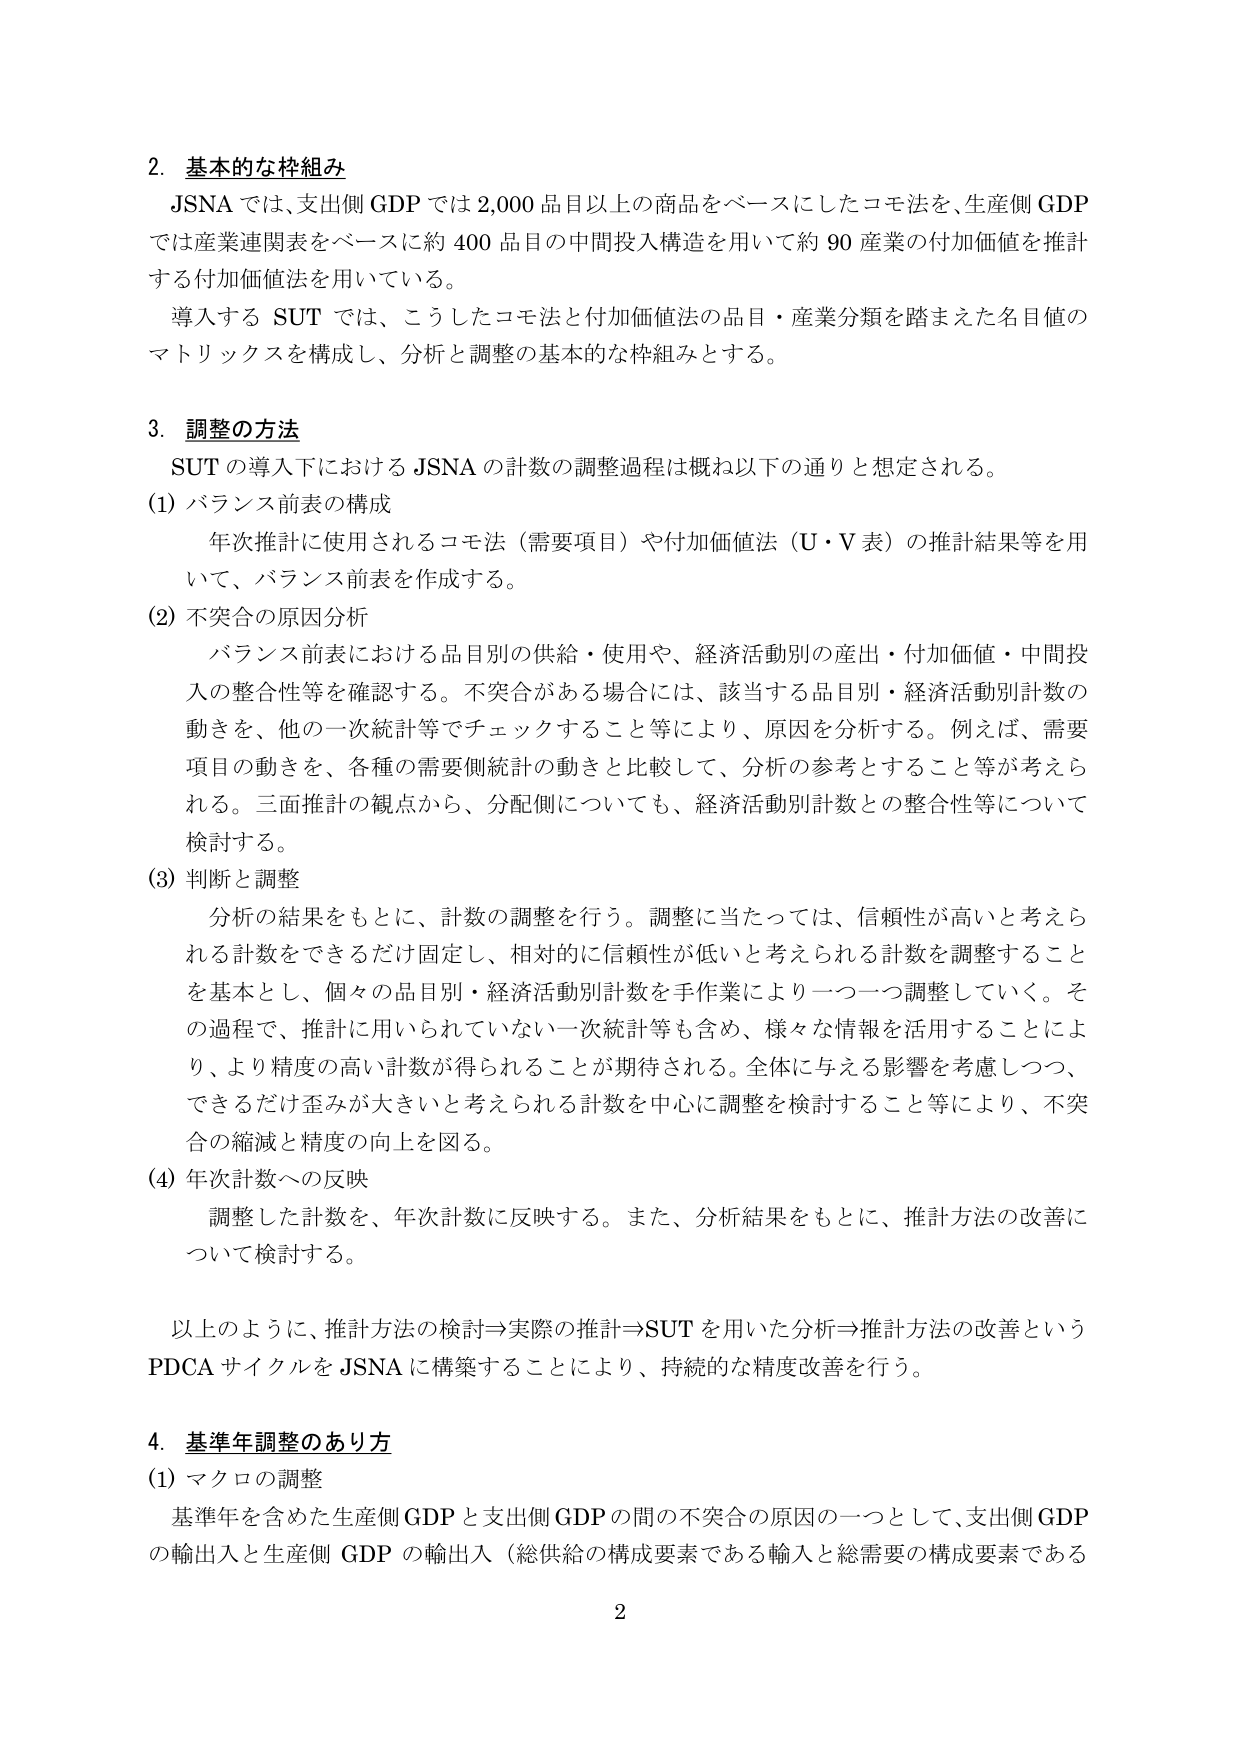
2. 基本的な枠組み
JSNA では、支出側 GDP では 2,000 品目以上の商品をベースにしたコモ法を、生産側 GDP では産業連関表をベースに約 400 品目の中間投入構造を用いて約 90 産業の付加価値を推計する付加価値法を用いている。
導入する SUT では、こうしたコモ法と付加価値法の品目・産業分類を踏まえた名目値のマトリックスを構成し、分析と調整の基本的な枠組みとする。

3. 調整の方法
SUT の導入下における JSNA の計数の調整過程は概ね以下の通りと想定される。
(1) バランス前表の構成
　年次推計に使用されるコモ法（需要項目）や付加価値法（U・V 表）の推計結果等を用いて、バランス前表を作成する。
(2) 不突合の原因分析
　バランス前表における品目別の供給・使用や、経済活動別の産出・付加価値・中間投入の整合性等を確認する。不突合がある場合には、該当する品目別・経済活動別計数の動きを、他の一次統計等でチェックすること等により、原因を分析する。例えば、需要項目の動きを、各種の需要側統計の動きと比較して、分析の参考とすること等が考えられる。三面推計の観点から、分配側についても、経済活動別計数との整合性等について検討する。
(3) 判断と調整
　分析の結果をもとに、計数の調整を行う。調整に当たっては、信頼性が高いと考えられる計数をできるだけ固定し、相対的に信頼性が低いと考えられる計数を調整することを基本とし、個々の品目別・経済活動別計数を手作業により一つ一つ調整していく。その過程で、推計に用いられていない一次統計等も含め、様々な情報を活用することにより、より精度の高い計数が得られることが期待される。全体に与える影響を考慮しつつ、できるだけ歪みが大きいと考えられる計数を中心に調整を検討すること等により、不突合の縮減と精度の向上を図る。
(4) 年次計数への反映
　調整した計数を、年次計数に反映する。また、分析結果をもとに、推計方法の改善について検討する。

　以上のように、推計方法の検討⇒実際の推計⇒SUT を用いた分析⇒推計方法の改善という PDCA サイクルを JSNA に構築することにより、持続的な精度改善を行う。

4. 基準年調整のあり方
(1) マクロの調整
　基準年を含めた生産側 GDP と支出側 GDP の間の不突合の原因の一つとして、支出側 GDP の輸出入と生産側 GDP の輸出入（総供給の構成要素である輸入と総需要の構成要素である

2